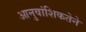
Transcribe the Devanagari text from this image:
आनुवांशिकतेने